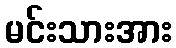
မင်းသားအား